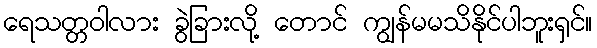
ရေသတ္တဝါလား ခွဲခြားလို့ တောင် ကျွန်မမသိနိုင်ပါဘူးရှင်။